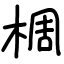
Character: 椆